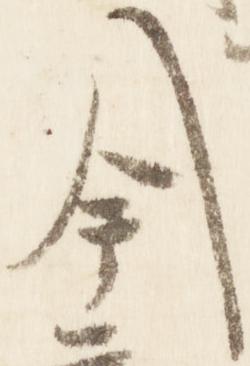
今